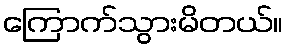
ကြောက်သွားမိတယ်။